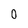
Character: 0